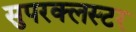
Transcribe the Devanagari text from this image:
सुपरक्‍लस्टर